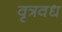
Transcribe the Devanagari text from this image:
वृत्रवध